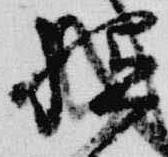
祗